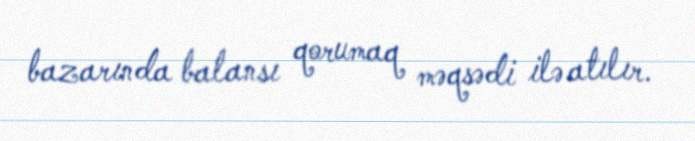
bazarında balansı qorumaq məqsədi ilə atılır.